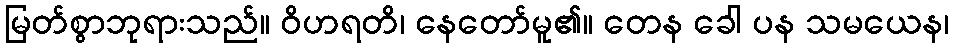
မြတ်စွာဘုရားသည်။ ဝိဟရတိ၊ နေတော်မူ၏။ တေန ခေါ ပန သမယေန၊